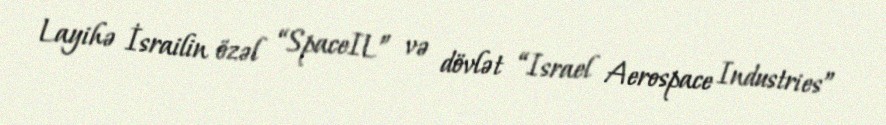
Layihə İsrailin özəl “SpaceIL” və dövlət “Israel Aerospace Industries”